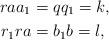
LaTeX: \begin{align*}raa_1 &= qq_1 = k,\\r_1ra &= b_1b = l,\end{align*}